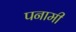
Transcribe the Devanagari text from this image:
पनामी